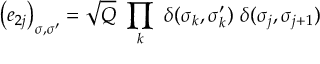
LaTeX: \left( e _ { 2 j } \right) _ { \sigma , \sigma ^ { \prime } } = \sqrt { Q } ~ \prod _ { k } ~ \delta ( \sigma _ { k } , \sigma _ { k } ^ { \prime } ) { } ~ \delta ( \sigma _ { j } , \sigma _ { j + 1 } )